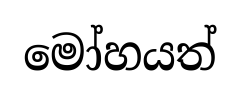
මෝහයත්